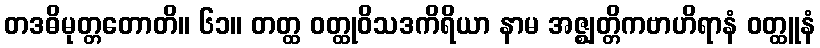
တဒဓိမုတ္တတောတိ။ ၆၁။ တတ္ထ ဝတ္ထုဝိသဒကိရိယာ နာမ အဇ္ဈတ္တိကဗာဟိရာနံ ဝတ္ထူနံ